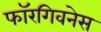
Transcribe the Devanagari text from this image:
फॉरगिवनेस